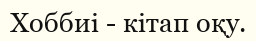
Хоббиі - кітап оқу.